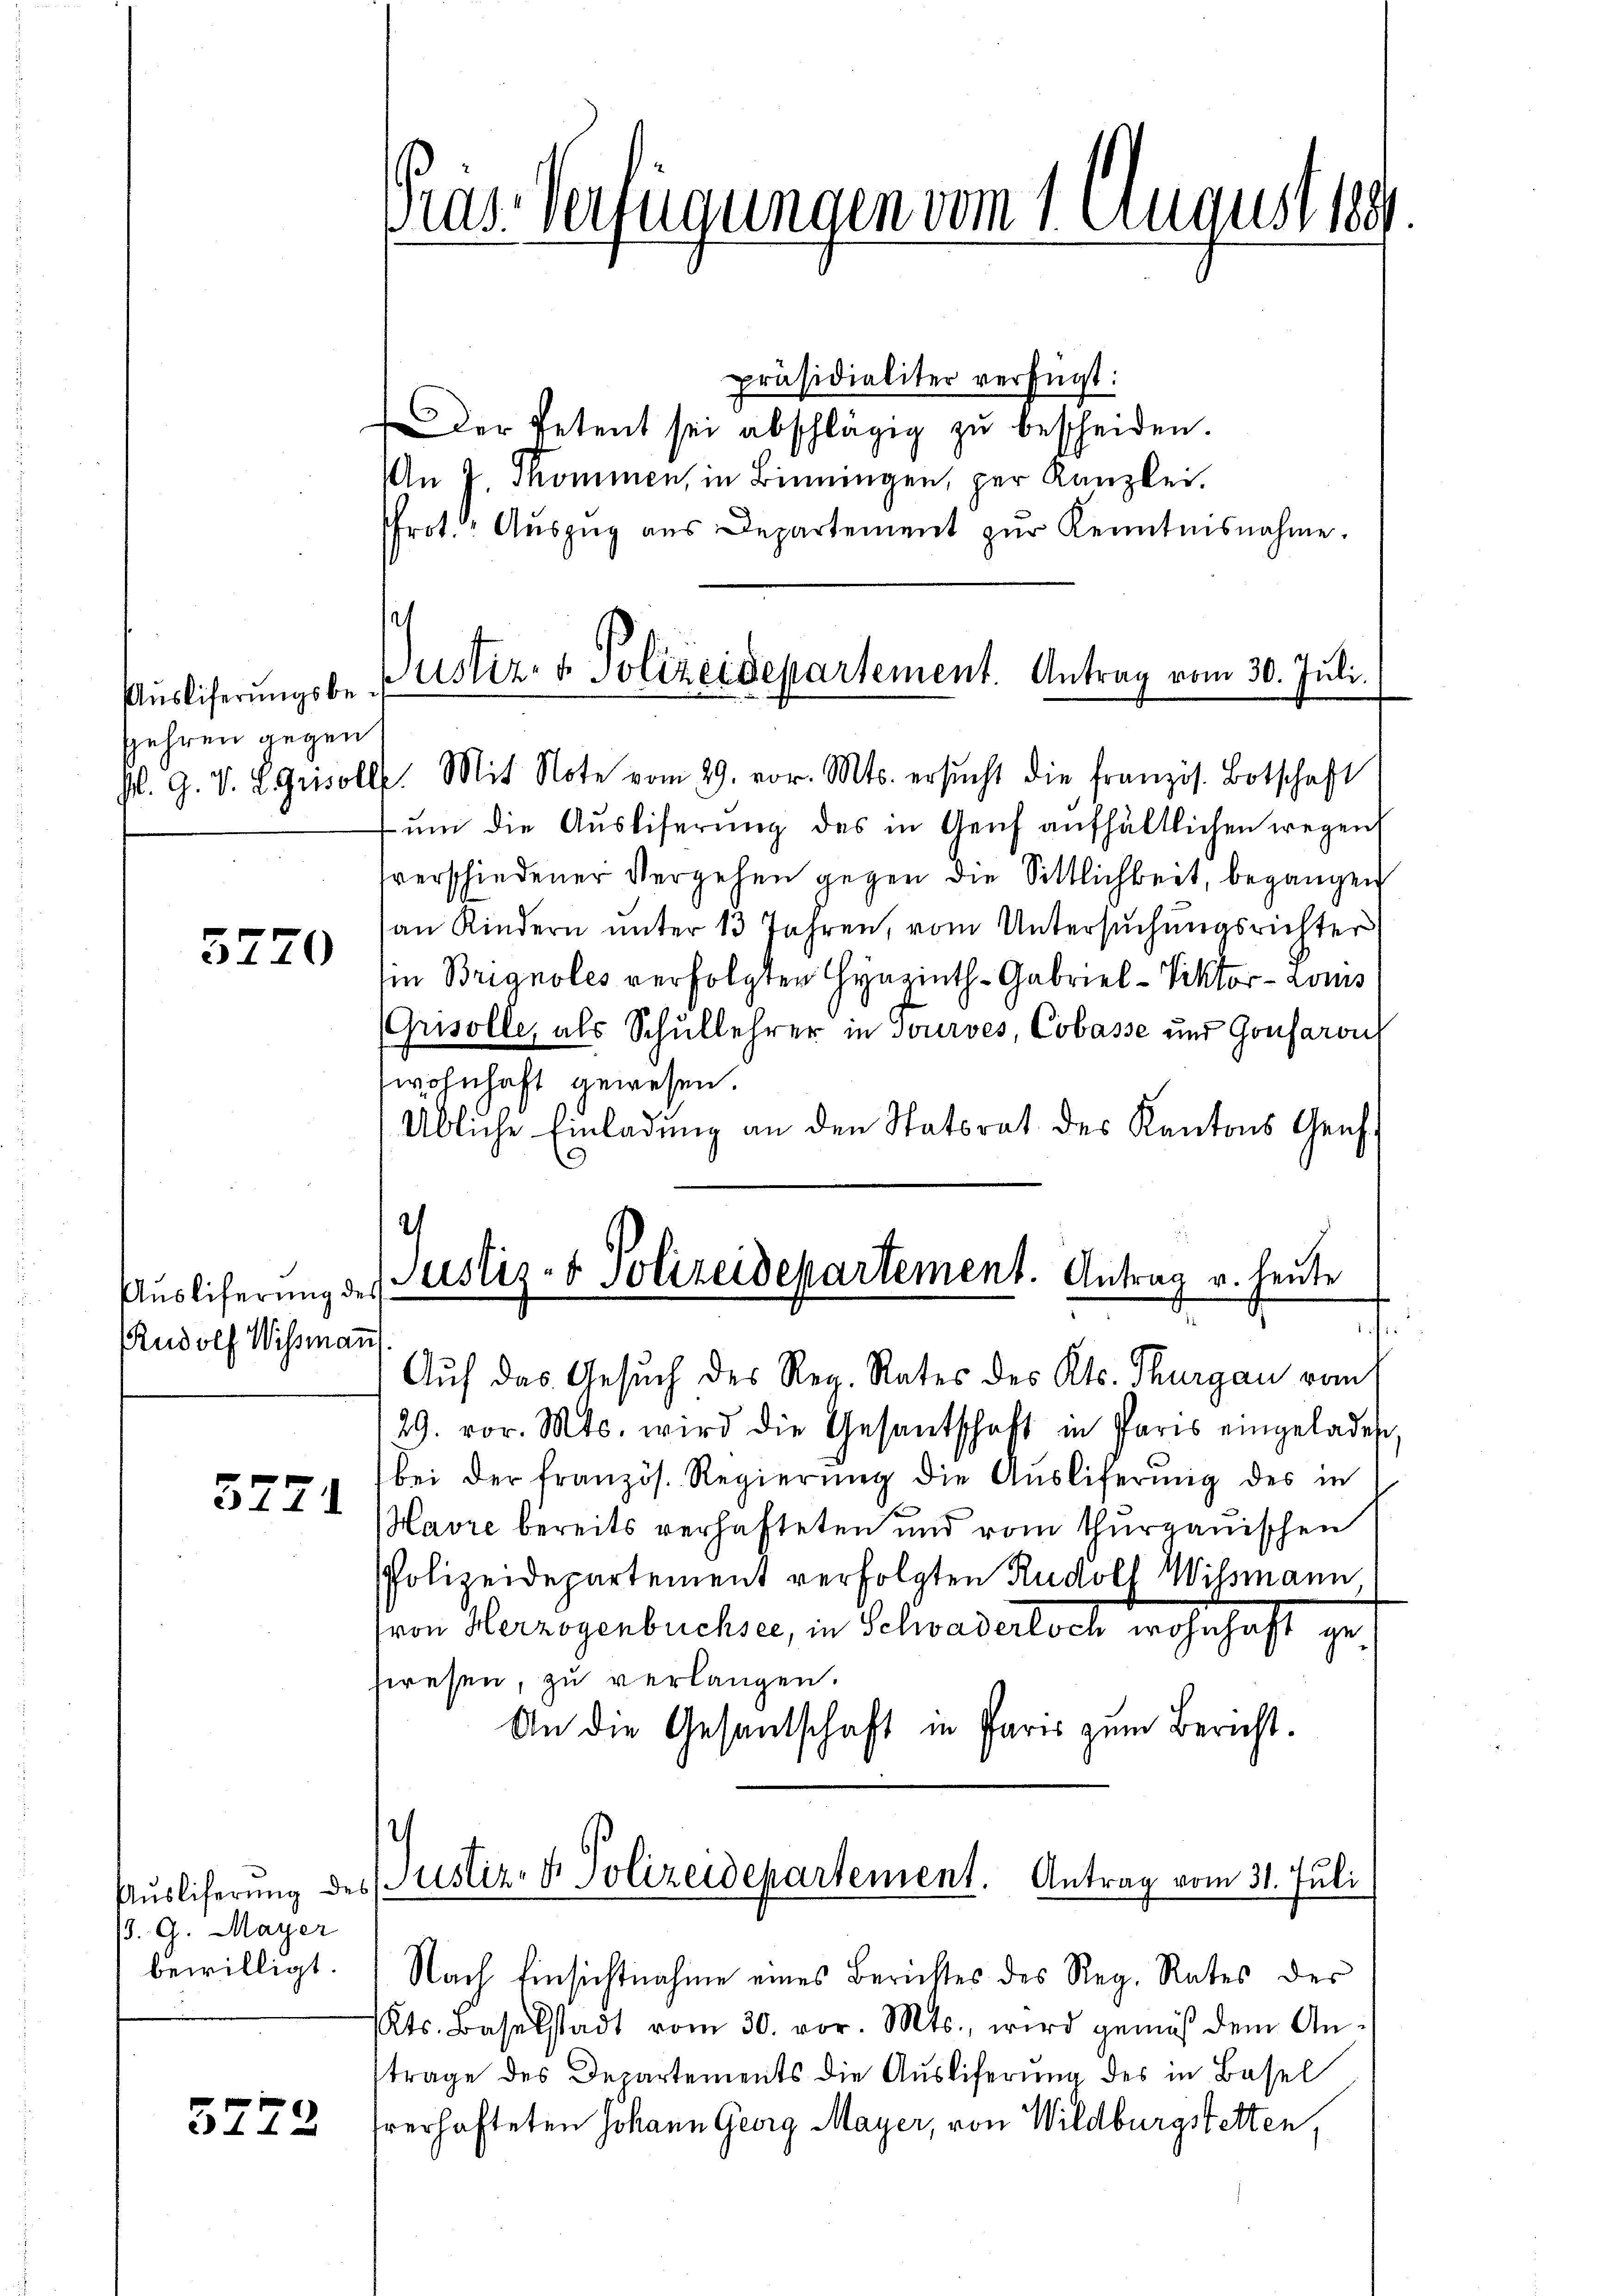
Auslieferungsbefehren gegen

5770

Auslieferung des
Rudolf Wismann

5771

/. G. Mayer
bewilligt.

5772

präsidialiter verfügt:
Der Petent sei abschlägig zŭ bescheiden.
An 7. Skommen, in Binningen, per Kanzlei.
Pfrot. Aŭszŭg aŭs Departement zŭr Kenntnisnahme.

ras-Verfügungen vom 1. August 188

Justiz- & Polizeidepartement. Antrag vom 30. Juli.
hl. G. V. S. Grisolle. Mit Note vom 29. vor. Mts. ersŭcht die französ. Botschaft

ŭm die Aŭsliferŭng des in Genf aufhältlichen wegen
sverschiedener Vergehen gegen die Sittlichkeit, begangen
an Kindern unter 13 Jahren, vom Untersŭchŭngsrichter
in Brignoles verfolgten Hynzinth-Gabriel-Viktor Loms
Grisolle, als Schullehrer in Tourses, Cobasse und Gonsaron
wohnhaft gewesen.
Übliche Einladŭng an den Statsrat des Kantons Genf.
2

Justiz- & Polizeidepartement. Antrag u. heute
.
Auf das Gesuch des Reg. Rates des Kts. Thurgau vom

Aŭsliferŭng des Justiz- & Polizeidepartement. Antrag vom 31. Juli

Nach Einsichtnahme eines Berichtes des Reg. Rates der
Kts. Baselstadt vom 30. vor. Mts., wird gemäß dem An-
trage des Departements die Ausliferung des in Basel
hrerhafteten Johann Georg Mayer, von Wildburgstetten,

29. vor. Mts. wird die Gesantschaft in Paris eingeladen,
bei der französ. Regierŭng die Aŭsliferung des in
Havre bereits verhafteten und vom thurgauischen
Polizeidepartement verfolgten Rudolf Wissmann
hron Herzogenbuchsen, in Schwadertsch wohnhaft geswesen, zu verlangen.
An die Gesandschaft in Paris zum Bericht.